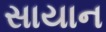
સાયાન